Veterinary [1916] -
Year: 1916
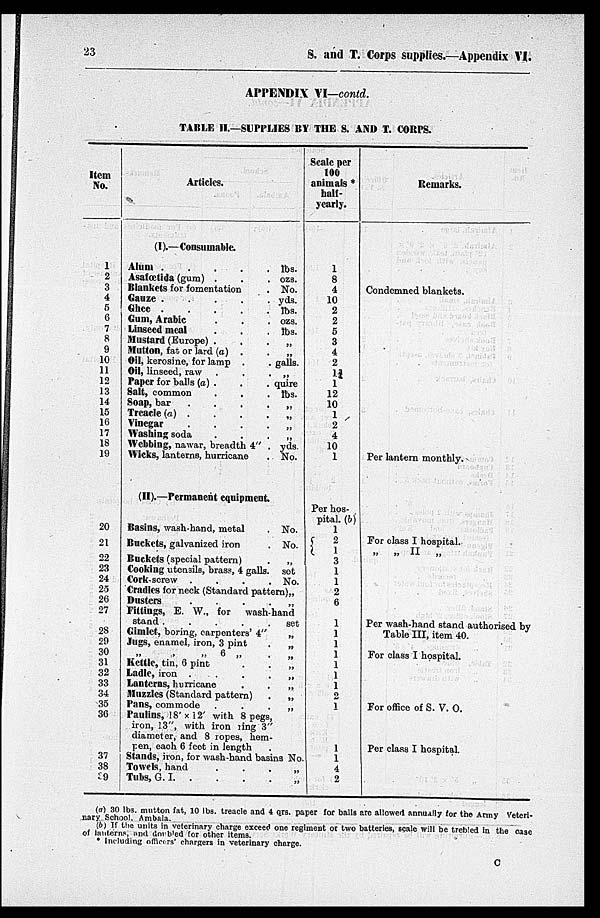
23
S. and T. Corps supplies.—Appendix VI.
APPENDIX VI—contd.
TABLE II.—SUPPLIES BY THE S. AND T. CORPS.
Item
No.
1
2
3
4
5
6
7
8
9
10
11
12
13
14
15
16
17
18
19
20
21
22
23
24
25
26
27
28
29
30
31
32
33
34
35
36
37
38
39
Articles.
(I).—Consumable.
Alum
.
.
.
.
.
lbs.
Asafœtida (gum) .
.
.
ozs.
Blankets for fomentation
.
No.
Gauze
.
.
.
.
.
yds.
Ghee
.
.
.
.
.
lbs.
Gum, Arabic
.
.
.
ozs.
Linseed meal
.
.
.
lbs.
Mustard (Europe) .
.
.
„
Mutton, fat or lard (a) .
.
„
Oil, kerosine, for lamp . . galls.
Oil, linseed, raw
.
.
.
„
Paper for balls (a) . . . quire
Salt, common
.
.
.
lbs.
Soap, bar
.
.
.
.
„
Trcacle (a) .
.
.
.
„
Vinegar
.
.
.
.
„
Washing soda
.
.
.
„
Webbing, nawar, breadth 4 " . yds.
Wicks, lanterns, hurricane . No.
(II).—Permanent equipment
Basins, wash-hand, metal
.No.
Buckets, galvanized iron
.
No.
Buckets (special pattern)
.
„
Cooking utensils, brass, 4 galls. set
Cork-screw .
.
.
. No.
Cradles for neck (Standard pattern) „
Dusters
.
.
.
.
„
Fittings, E. W., for
wash-hand
stand .
.
.
.
. set
Gimlet, boring, carpenters' 4"
„
Jugs, enamel, iron, 3 pint
„
„ „ „ 6 „
.
„
Kettle, tin, 6 pint . . „
Ladle, iron
.
.
.
.
„
Lanterns, hurricane
.
.
„
Muzzles (Standard pattern)
.
„
Pans, commode
.
.
.
„
Paulins, 18' × 12' with 8 pegs,
iron, 13", with iron ring 3"
diameter, and 8 ropes, hem-
pen, each 6 feet in length
.
Stands, iron, for wash-hand basins No.
Towels, hand
.
.
.
.
„
Tubs, G. I. .
.
.
.
„
Scale per
100
animals *
half-
yearly.
1
8
4
10
2
2
5
3
4
2
1¾ 1
12
10
1
2
4
10
1
Per hos-
pital. (b)
1
2
1 3
1
1
2
6
1
1
1
1
1
1
1
2
1
1
1
4
2
Remarks.
Condemned blankets.
Per lantern monthly.
For class I hospital.
„ „ II „
Per wash-hand stand authorised by
Table III, item 40.
For class I hospital.
For office of S. V. O.
Per class I hospital.
(a) 30 lbs. mutton fat, 10 lbs. treacle and 4 qrs. paper for balls are allowed annually for the Army Veteri-
nary School. Ambala.
(b) If the units in veterinary charge exceed one regiment or two batteries, scale will be trebled in the case
of lauterns, and dorbled for other items.
* Including officers' chargers in veterinary charge.
C